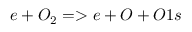
e + O _ { 2 } = > e + O + O 1 s